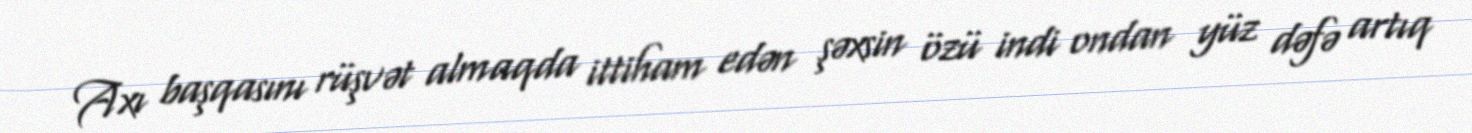
Axı başqasını rüşvət almaqda ittiham edən şəxsin özü indi ondan yüz dəfə artıq